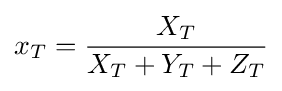
x_{T}={\frac {X_{T}}{X_{T}+Y_{T}+Z_{T}}}